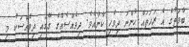
ބާވަތުގެ އެ ރަހަތައް ހުންނަ ދިވެހި ކާނާއެވެ. ދިވެއްސެއްގެ ގޭގައި ދިވެއްސަކު މި